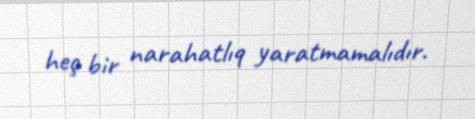
heç bir narahatlıq yaratmamalıdır.